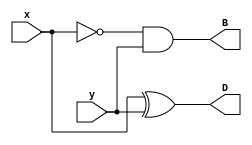
module Lab2_half_sub_gatelevel(output D, B, input x, y);
    xor G1(D, x, y);
    and G2(B, ~x, y);
endmodule